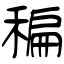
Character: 稨